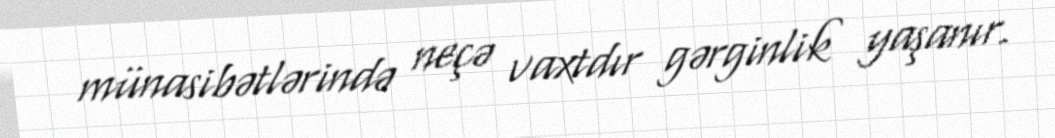
münasibətlərində neçə vaxtdır gərginlik yaşanır.